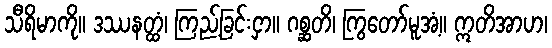
သီရိမာကို။ ဒဿနတ္ထံ၊ ကြည့်ခြင်းငှာ။ ဂစ္ဆတိ၊ ကြွတော်မူအံ့။ ဣတိအာဟ၊